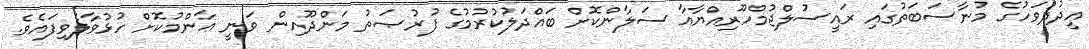
ޢީދުދުވަހުގެ މުނާސަބަތުގައި ރައީސުލްޖުމްހޫރިއްޔާއާ ސަލާންކޮށް ބައްދަލުކުރުމުގެ ފުރުޞަތު މަންދޫއިން ވަނީ ޢާންމުކޮށް ހުޅުވާލެވިފައެވެ.